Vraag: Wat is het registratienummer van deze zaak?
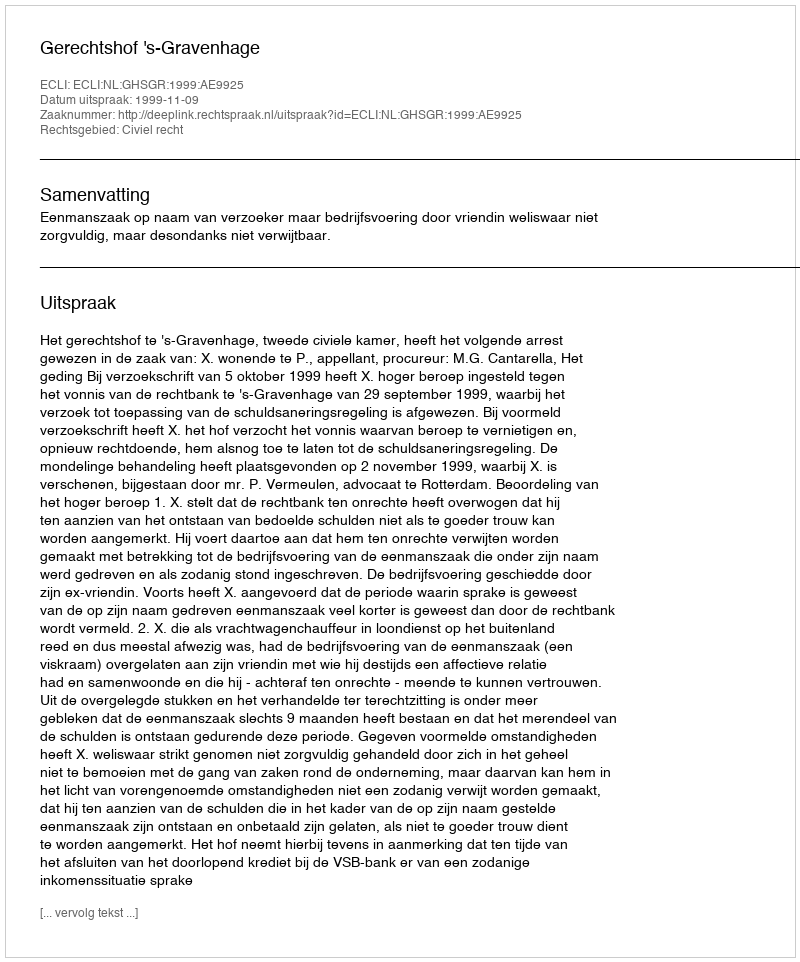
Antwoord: http://deeplink.rechtspraak.nl/uitspraak?id=ECLI:NL:GHSGR:1999:AE9925